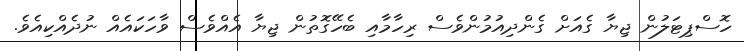
ހޮސްޕިޓަލުން ޖިޔާ ގެއަށް ގެންދިއުމުންވެސް ރިހާމާއި ބެހޭގޮތުން ޖިޔާ އެއްވެސް ވާހަކައެއް ނުދެއްކިއެވެ.